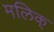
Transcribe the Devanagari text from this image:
मलिक्